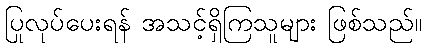
ပြုလုပ်ပေးရန် အသင့်ရှိကြသူများ ဖြစ်သည်။